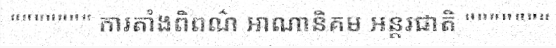
""""""" ការតាំងពិពណ៌ អាណានិគម អន្តរជាតិ """""""